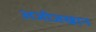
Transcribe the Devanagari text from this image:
अजीजखान